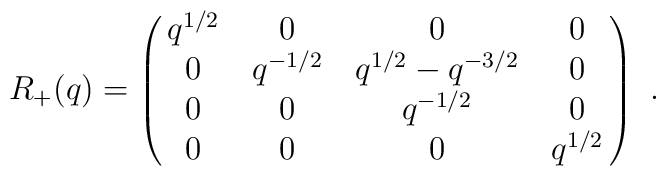
R_{+}(q)=\left (\matrix{q^{1/2} & 0 & 0 & 0 \cr0 & q^{-1/2}& q^{1/2}-q^{-3/2} & 0 \cr0 & 0 & q^{-1/2} & 0 \cr0 & 0 & 0 & q^{1/2}\cr}\right ) \ .